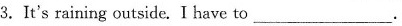
3.It's raining outside. I have to ___.